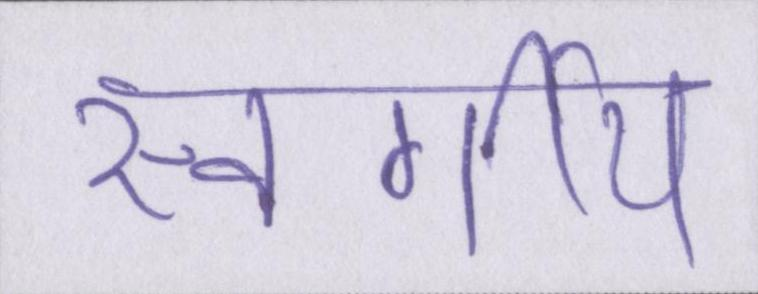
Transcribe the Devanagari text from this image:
स्वर्गीय